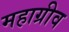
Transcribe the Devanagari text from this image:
महाग्रीव